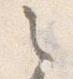
之